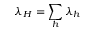
\lambda _ { H } = \sum _ { h } { \lambda _ { h } }